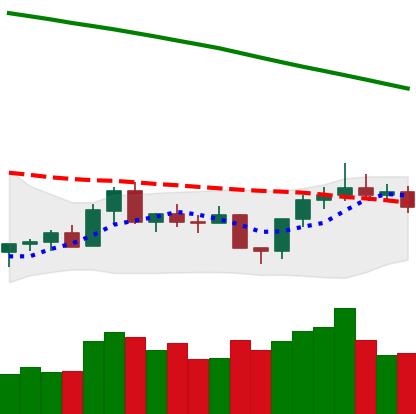
Ticker: XLM-USD
Chart end date: 2022-08-02
Forward return: 7.391%
Label: up_7plus